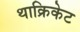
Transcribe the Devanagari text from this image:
थाक्रिकेट